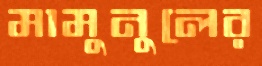
মামুনুলের